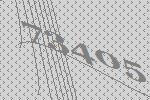
73405